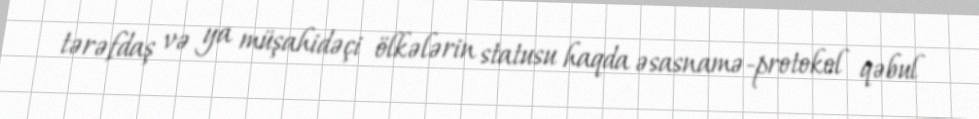
tərəfdaş və ya müşahidəçi ölkələrin statusu haqda əsasnamə-protokol qəbul